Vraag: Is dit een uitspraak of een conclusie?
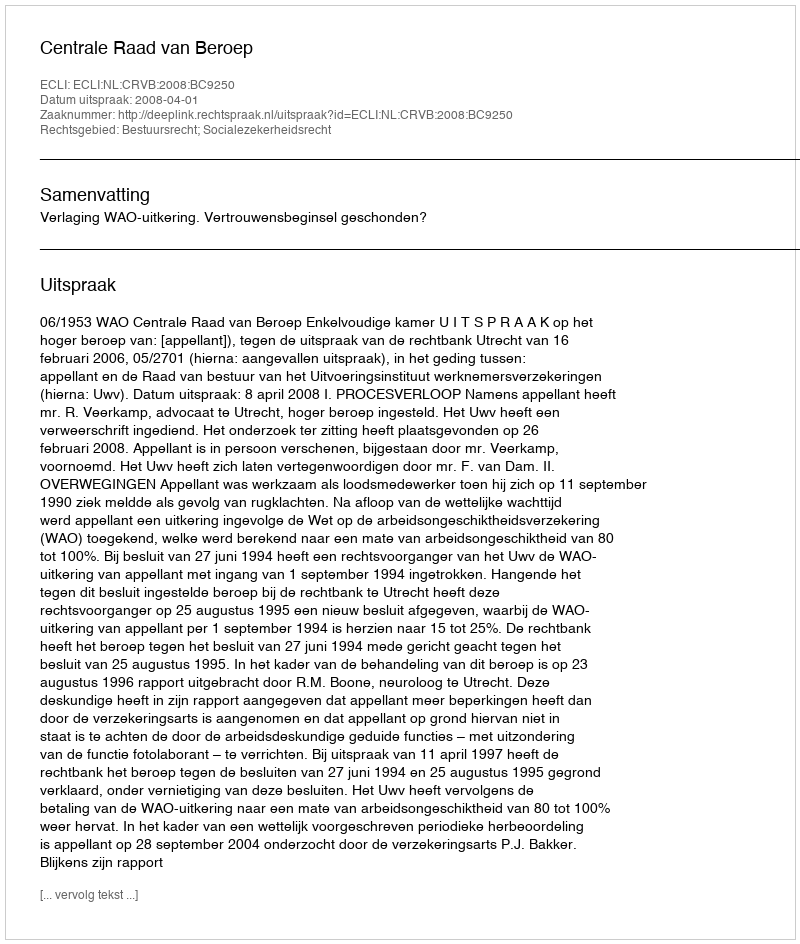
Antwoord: Uitspraak